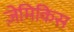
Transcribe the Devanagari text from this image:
ज़ेमिकिस